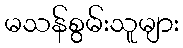
မသန်စွမ်းသူများ